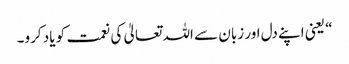
“ یعنی اپنے دل اور زبان سے اللہ تعالیٰ کی نعمت کو یاد کرو۔